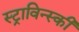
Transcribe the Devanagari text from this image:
स्ट्राविन्स्की